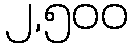
၂,၅၀၀